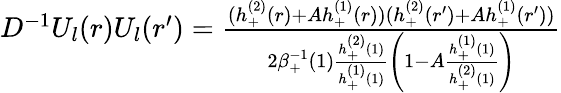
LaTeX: \begin{array}{r}{D^{-1}U_{l}(r)U_{l}(r^{\prime})=\frac{(h_{+}^{(2)}(r)+Ah_{+}^{(1)}(r))(h_{+}^{(2)}(r^{\prime})+Ah_{+}^{(1)}(r^{\prime}))}{2\beta_{+}^{-1}(1)\frac{h_{+}^{(2)}(1)}{h_{+}^{(1)}(1)}\left(1-A\frac{h_{+}^{(1)}(1)}{h_{+}^{(2)}(1)}\right)}}\end{array}